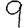
Digit: 9